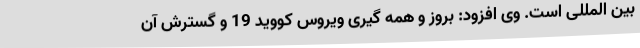
بین المللی است. وی افزود: بروز و همه گیری ویروس کووید 19 و گسترش آن